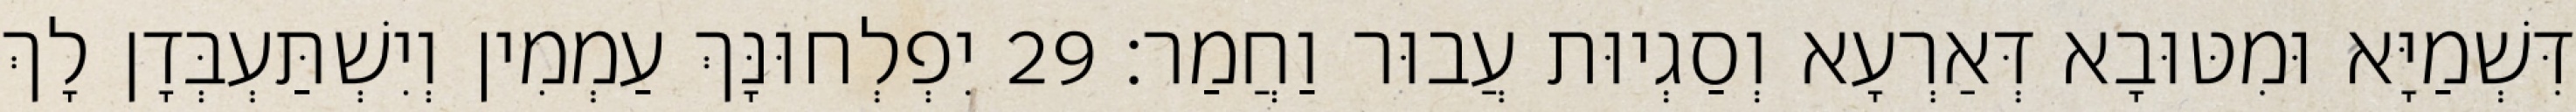
דִּשְׁמַיָּא וּמִטּוּבָא דְּאַרְעָא וְסַגְיוּת עֲבוּר וַחֲמַר׃ 29 יִפְלְחוּנָּךְ עַמְמִין וְיִשְׁתַּעְבְּדָן לָךְ